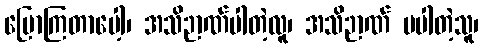
ပြောကြတာပေါ့၊ အသိဉာဏ်ပါတဲ့လူ၊ အသိဉာဏ် မပါတဲ့သူ၊